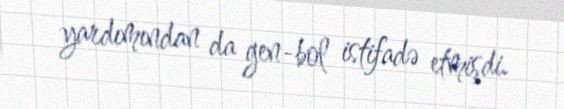
yardımından da gen-bol istifadə etmişdi.